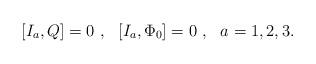
LaTeX: \begin{align*}[I_a , Q]=0 \ , \ \ [I_a , \Phi_0] =0 \ , \ \ a=1,2,3.\end{align*}